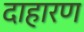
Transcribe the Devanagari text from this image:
दाहारण